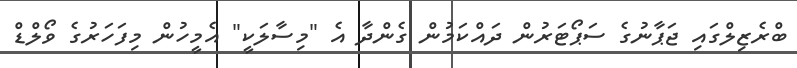
ބްރެޒިލްގައި ޖަޕާނުގެ ސަޕޯޓަރުން ދައްކަމުން ގެންދާ އެ "މިސާލަކީ" އެމީހުން މިފަހަރުގެ ވޯލްޑް